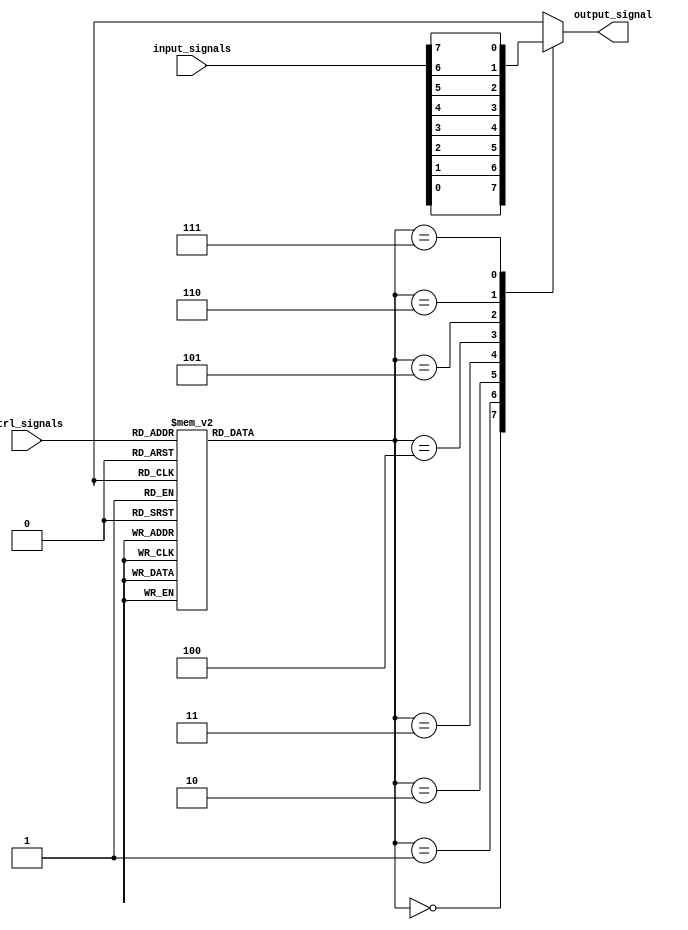
module mux_demux_buffer(
    input wire [7:0] input_signals,
    output wire output_signal,
    input wire [2:0] ctrl_signals
);

// Selection logic
reg [2:0] selection;
always @ (ctrl_signals)
begin
    case(ctrl_signals)
        3'b000: selection = 3'b000; // input signal 0
        3'b001: selection = 3'b001; // input signal 1
        3'b010: selection = 3'b010; // input signal 2
        3'b011: selection = 3'b011; // input signal 3
        3'b100: selection = 3'b100; // input signal 4
        3'b101: selection = 3'b101; // input signal 5
        3'b110: selection = 3'b110; // input signal 6
        3'b111: selection = 3'b111; // input signal 7
        default: selection = 3'b000;
    endcase
end

// Multiplexer/Demultiplexer logic
always @ (input_signals, selection)
begin
    case(selection)
        3'b000: output_signal = input_signals[0];
        3'b001: output_signal = input_signals[1];
        3'b010: output_signal = input_signals[2];
        3'b011: output_signal = input_signals[3];
        3'b100: output_signal = input_signals[4];
        3'b101: output_signal = input_signals[5];
        3'b110: output_signal = input_signals[6];
        3'b111: output_signal = input_signals[7];
        default: output_signal = 0;
    endcase
end

endmodule